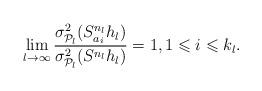
LaTeX: \begin{align*}\lim_{l\to\infty}\frac{\sigma^2_{\mathcal P_{l}}(S^{n_l}_{a_{i}}h_l)}{\sigma^2_{\mathcal P_{l}}(S^{n_l} h_l)} =1, 1\leqslant i\leqslant k_l.\end{align*}